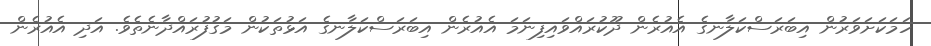
ހަމަކަށަވަރުން އިބަރަސްކަލާނގެ އެއުރެން ދޫކުރައްވައިފިނަމަ އެއުރެން އިބަރަސްކަލާނގެ އަޅުތަކުން މަގުފުރައްދާނެތެވެ. އަދި އެއުރެން